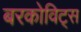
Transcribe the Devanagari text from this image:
बरकोविट्स